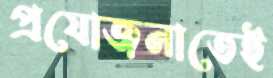
প্রযোজনাতেই